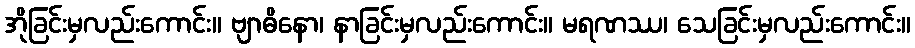
အိုခြင်းမှလည်းကောင်း။ ဗျာဓိနော၊ နာခြင်းမှလည်းကောင်း။ မရဏဿ၊ သေခြင်းမှလည်းကောင်း။